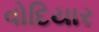
વોદિયાર